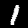
Label: 1